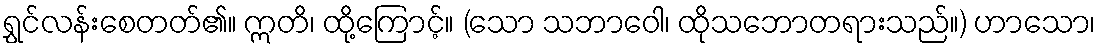
ရွှင်လန်းစေတတ်၏။ ဣတိ၊ ထို့ကြောင့်။ (သော သဘာဝေါ၊ ထိုသဘောတရားသည်။) ဟာသော၊